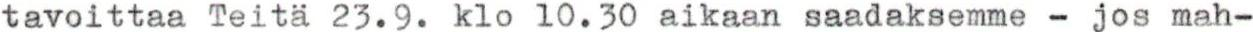
tavoittaa Teitä 23.9. klo 10.30 aikaan saadaksemme - jos mah-